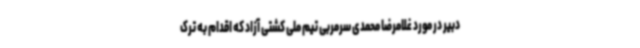
دبیر در مورد غلامرضا محمدی سرمربی تیم ملی کشتی آزاد که اقدام به ترک